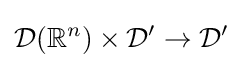
{\mathcal {D}}(\mathbb {R} ^{n})\times {\mathcal {D}}'\to {\mathcal {D}}'